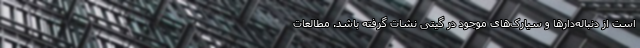
است از دنباله‌دارها و سیارک‌های موجود در گیتی نشات گرفته باشد. مطالعات